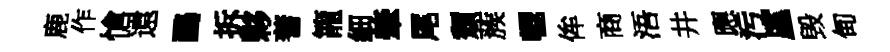
鹿作愴遠鷗拆夥蓍籠細肇尾頹蔟轣侔商浯井應污廑毁甸